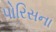
પોરિસના